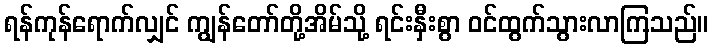
ရန်ကုန်ရောက်လျှင် ကျွန်တော်တို့အိမ်သို့ ရင်းနှီးစွာ ဝင်ထွက်သွားလာကြသည်။